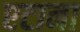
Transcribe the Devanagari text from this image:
एटाना